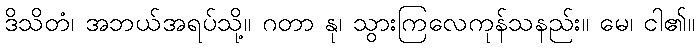
ဒိသိတံ၊ အဘယ်အရပ်သို့။ ဂတာ နု၊ သွားကြလေကုန်သနည်း။ မေ၊ ငါ၏။